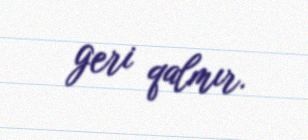
geri qalmır.